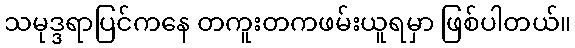
သမုဒ္ဒရာပြင်ကနေ တကူးတကဖမ်းယူရမှာ ဖြစ်ပါတယ်။